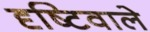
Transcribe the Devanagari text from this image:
दृष्टिवाले